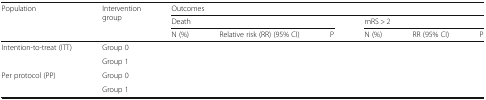
<table><thead><tr><td rowspan="3"><b>Population</b></td><td rowspan="3"><b>Intervention group</b></td><td colspan="6"><b>Outcomes</b></td></tr><tr><td colspan="3"><b>Death</b></td><td colspan="3"><b>mRS &gt; 2</b></td></tr><tr><td><b>N (%)</b></td><td><b>Relative risk (RR) (95% CI)</b></td><td><b>P</b></td><td><b>N (%)</b></td><td><b>RR (95% CI)</b></td><td><b>P</b></td></tr></thead><tbody><tr><td rowspan="2">Intention-to-treat (ITT)</td><td>Group 0</td><td></td><td rowspan="2"></td><td rowspan="2"></td><td></td><td rowspan="2"></td><td rowspan="2"></td></tr><tr><td>Group 1</td><td></td><td></td></tr><tr><td rowspan="2">Per protocol (PP)</td><td>Group 0</td><td></td><td rowspan="2"></td><td rowspan="2"></td><td></td><td rowspan="2"></td><td rowspan="2"></td></tr><tr><td>Group 1</td><td></td><td></td></tr></tbody></table>